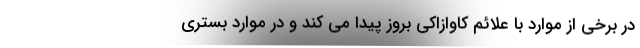
در برخی از موارد با علائم کاوازاکی بروز پیدا می کند و در موارد بستری